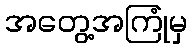
အတွေ့အကြုံမှ